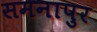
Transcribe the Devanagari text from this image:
समनापुर